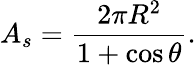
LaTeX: A_{s}={\frac{2\pi R^{2}}{1+\cos\theta}}.